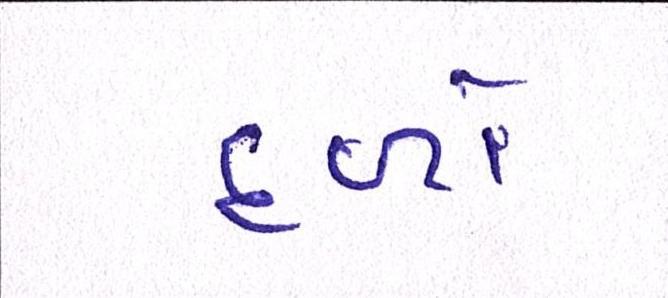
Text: દળો